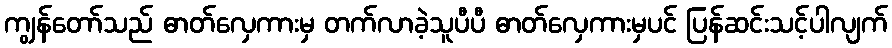
ကျွန်တော်သည် ဓာတ်လှေကားမှ တက်လာခဲ့သူပီပီ ဓာတ်လှေကားမှပင် ပြန်ဆင်းသင့်ပါလျက်